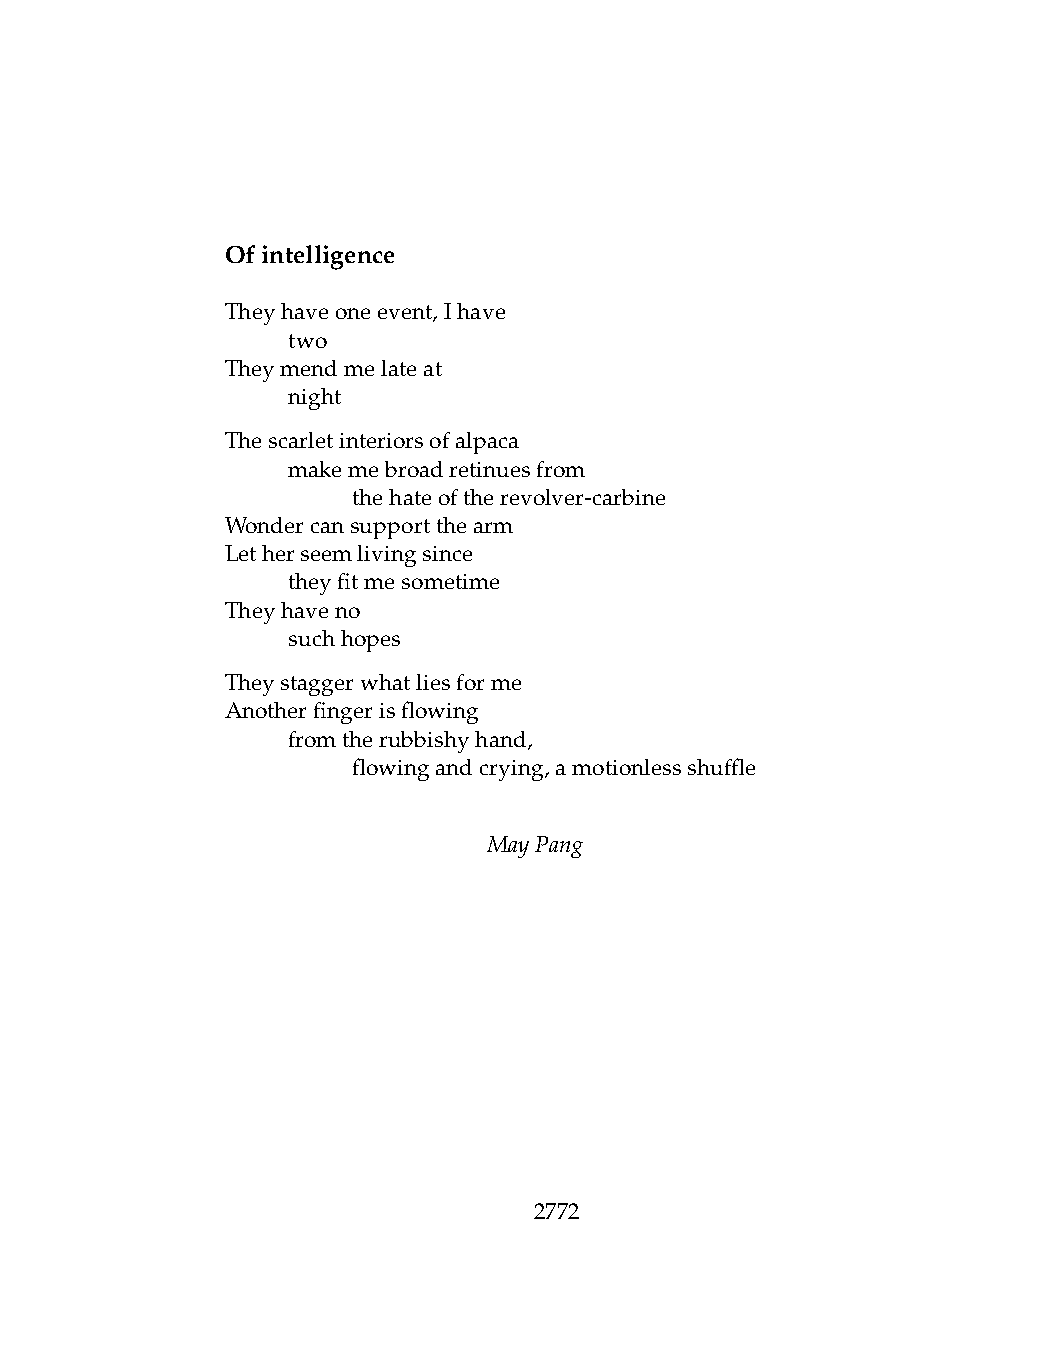
Ofintelligence
 Theyhaveoneevent,Ihave
 .   two
 Theymendmelateat
 .   night
 Thescarletinteriorsofalpaca
 .   makemebroadretinuesfrom
 .   .   thehateoftherevolver-carbine
 Wondercansupportthearm
 Letherseemlivingsince
 .   theyfitmesometime
 Theyhaveno
 .   suchhopes
 Theystaggerwhatliesforme
 Anotherfingerisflowing
 .   fromtherubbishyhand,
 .   .   flowingandcrying,amotionlessshuffle
 MayPang
 2772